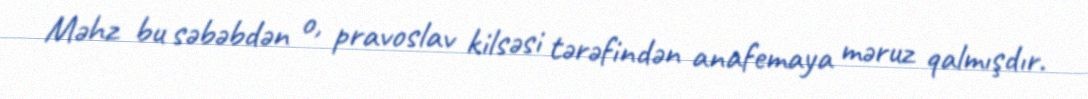
Məhz bu səbəbdən o, pravoslav kilsəsi tərəfindən anafemaya məruz qalmışdır.